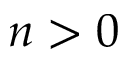
n > 0